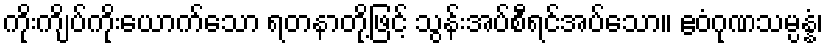
ကိုးကျိပ်ကိုးယောက်သော ရတနာတို့ဖြင့် သွန်းအပ်စီရင်အပ်သော။ ဧဝံဂုဏသမ္ပန္နံ၊